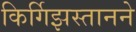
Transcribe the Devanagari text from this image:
किर्गिझस्तानने